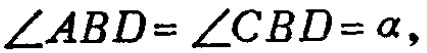
\(\angle ABD = \angle CBD = \alpha,\)